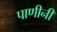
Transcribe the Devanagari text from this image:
पाणीनी